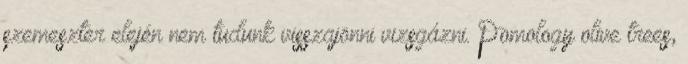
szemeszter elején nem tudunk visszajönni vizsgázni. Pomology olive trees,